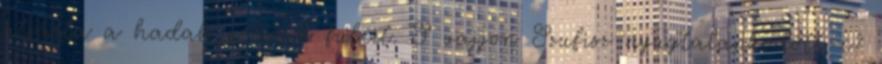
átjárta a hadak urának füleit. S vajjon Szufisz nyugtalankodott-e?